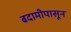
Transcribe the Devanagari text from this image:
बदामीपासून